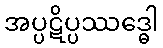
အပ္ပဋိပ္ပဿဒ္ဓေါ